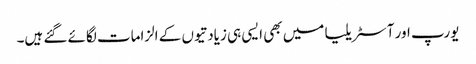
یورپ اور آسٹریلیا میں بھی ایسی ہی زیادتیوں کے الزامات لگائے گئے ہیں۔